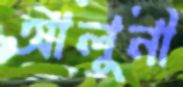
আলুনী